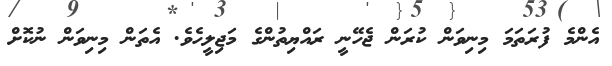
އެންމެ ފުރަތަމަ މިނިވަން ކުރަން ޖެހޭނީ ރައްޔިތުންގެ މަޖިލީހެވެ. އެތަން މިނިވަން ނުކޮށް